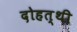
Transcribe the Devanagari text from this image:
दोहत्थी